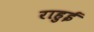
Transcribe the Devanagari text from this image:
राहुई